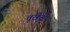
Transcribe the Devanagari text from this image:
तुरीचे